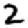
Digit: 2